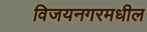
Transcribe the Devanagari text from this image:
विजयनगरमधील